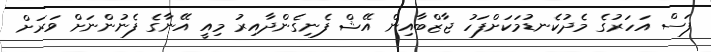
ފަސް އަހަރުގެ މެދުކެނޑުމަކަށްފަހު ޖާޒްބާއިން އޭޝް ފެނިގެންދާއިރު މިއީ އޭނާގެ ފެނުންނަށް ވަރަށް